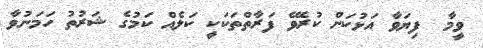
ވީމާ  ފިޔަވާ އަޅުކަން ކުރެވޭ ފަރާތްތަކަކީ ކަލެއް ކަމުގެ ޝަރުތު ހަމަނުވާ